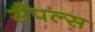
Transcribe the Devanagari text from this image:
सैंपल्स